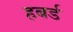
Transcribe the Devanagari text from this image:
हबर्ड